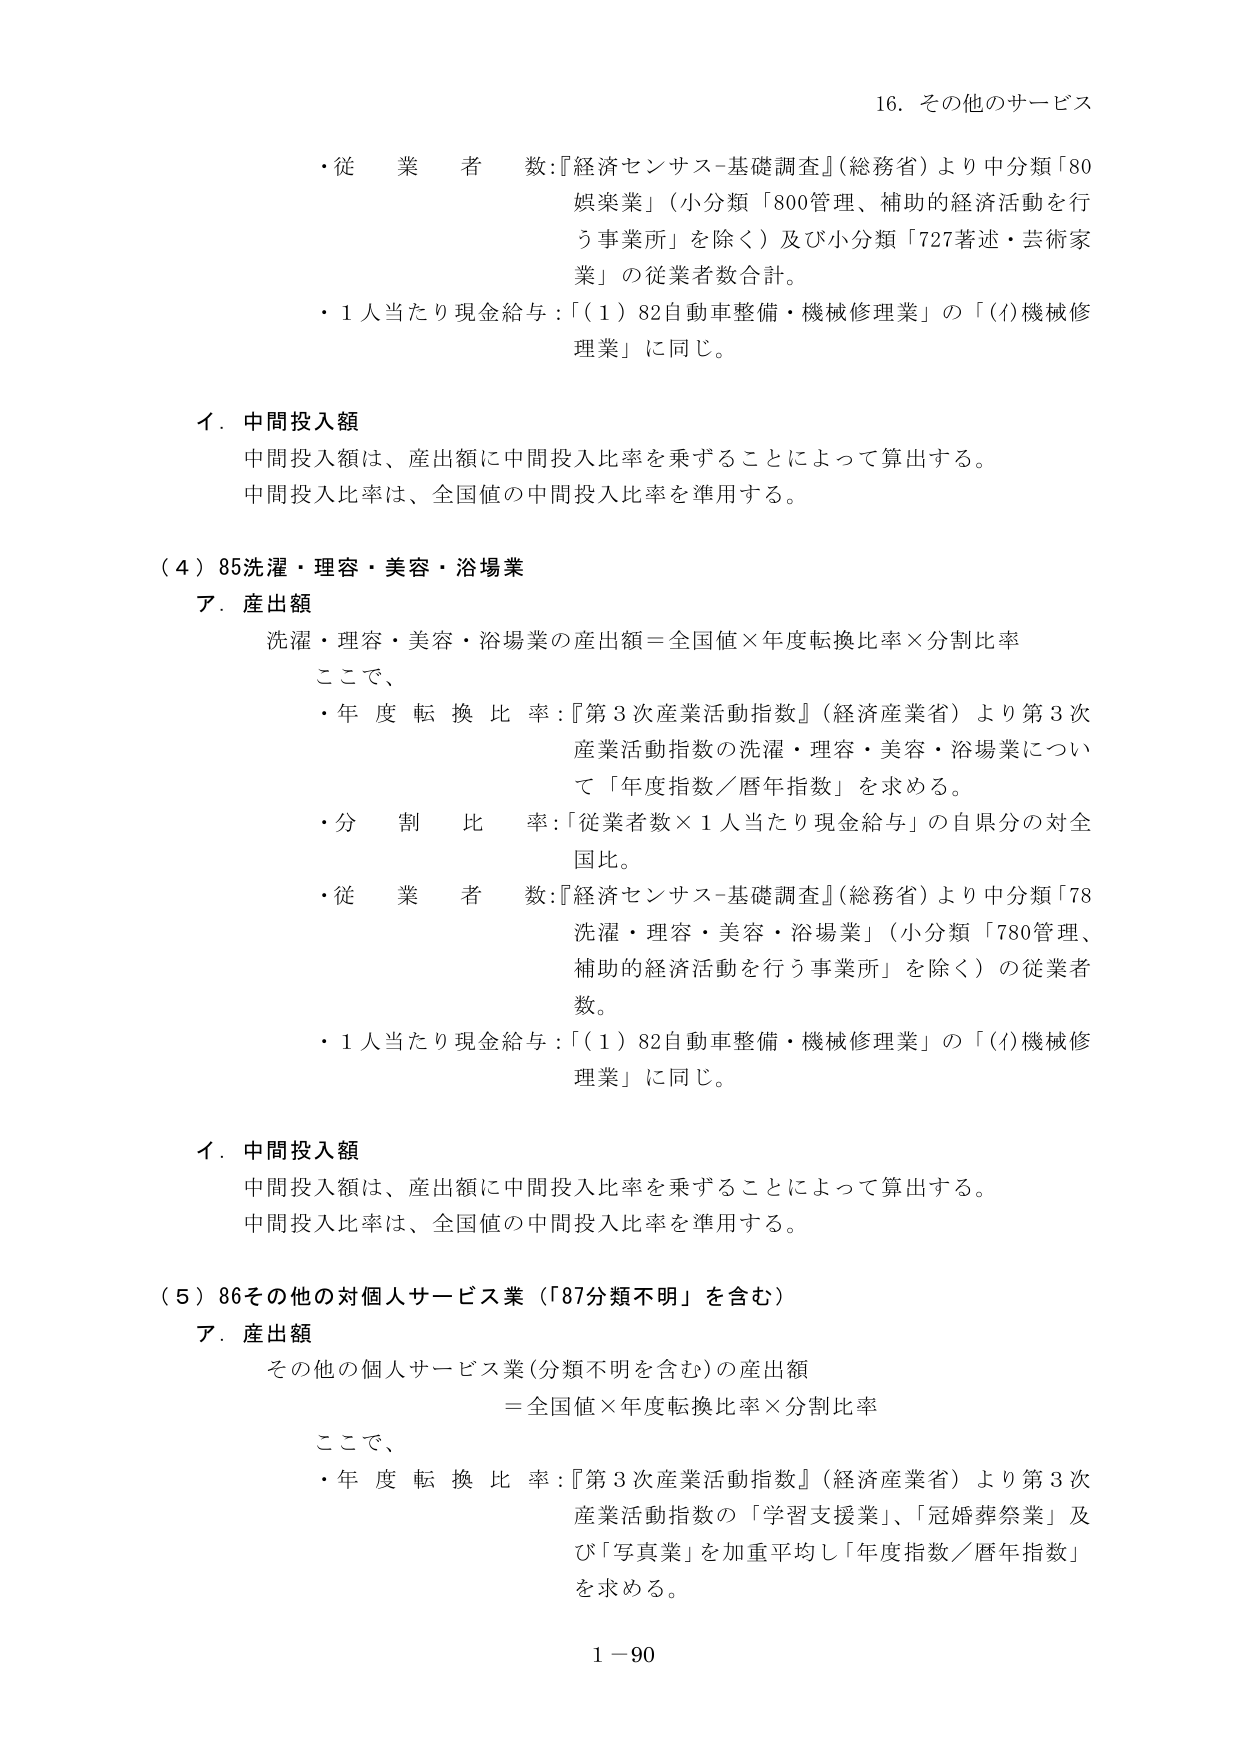
16. その他のサービス

・従業者数：『経済センサス-基礎調査』（総務省）より中分類「80娯楽業」（小分類「800管理、補助的経済活動を行う事業所」を除く）及び小分類「727著述・芸術家業」の従業者数合計。

・1人当たり現金給与：「（1）82自動車整備・機械修理業」の「(f)機械修理業」に同じ。

イ．中間投入額
中間投入額は、産出額に中間投入比率を乗ずることによって算出する。
中間投入比率は、全国値の中間投入比率を準用する。

（4）85洗濯・理容・美容・浴場業
ア．産出額
洗濯・理容・美容・浴場業の産出額＝全国値×年度転換比率×分割比率

ここで、
・年度転換比率：『第3次産業活動指数』（経済産業省）より第3次産業活動指数の洗濯・理容・美容・浴場業について「年度指数／暦年指数」を求める。
・分割比率：「従業者数×1人当たり現金給与」の自県分の対全国比。
・従業者数：『経済センサス-基礎調査』（総務省）より中分類「78洗濯・理容・美容・浴場業」（小分類「780管理、補助的経済活動を行う事業所」を除く）の従業者数。
・1人当たり現金給与：「（1）82自動車整備・機械修理業」の「(f)機械修理業」に同じ。

イ．中間投入額
中間投入額は、産出額に中間投入比率を乗ずることによって算出する。
中間投入比率は、全国値の中間投入比率を準用する。

（5）86その他の対個人サービス業（「87分類不明」を含む）
ア．産出額
その他の個人サービス業（分類不明を含む）の産出額
＝全国値×年度転換比率×分割比率

ここで、
・年度転換比率：『第3次産業活動指数』（経済産業省）より第3次産業活動指数の「学習支援業」、「冠婚葬祭業」及び「写真業」を加重平均し「年度指数／暦年指数」を求める。

1－90